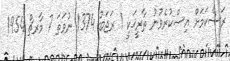
ރަސްކަމަށް އިސްކުރެވުނު ތާރީޚަކީ 1 ރަޖަބު 1374 ނުވަތަ 7 މާރޗް 1954